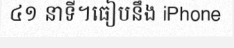
៤១ នាទី។ធៀបនឹង iPhone